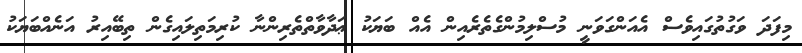
މިފަދަ ވަގުތުގައިވެސް އެއަންގަވަނީ މުސްލިމުންގެތެރެއިން އެއް ބަޔަކު ޢަދާވާތްތެރިންނާ ކުރިމަތިލައިގެން ތިބޭއިރު އަނެއްބަޔަކު